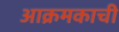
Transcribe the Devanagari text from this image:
आक्रमकाची